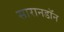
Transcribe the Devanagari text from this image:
सारानडॉन